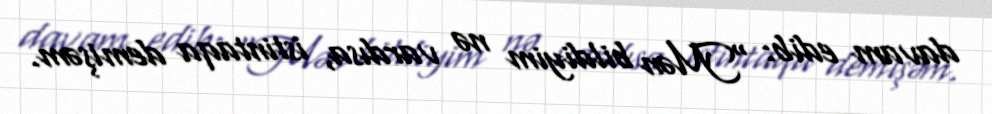
davam edib: “Mən bildiyim nə vardısa, istintaqa demişəm.